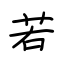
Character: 若